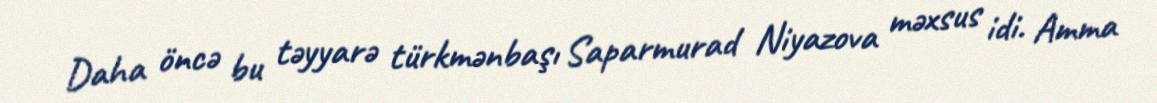
Daha öncə bu təyyarə türkmənbaşı Saparmurad Niyazova məxsus idi. Amma